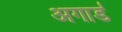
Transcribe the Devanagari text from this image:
अगार्ड